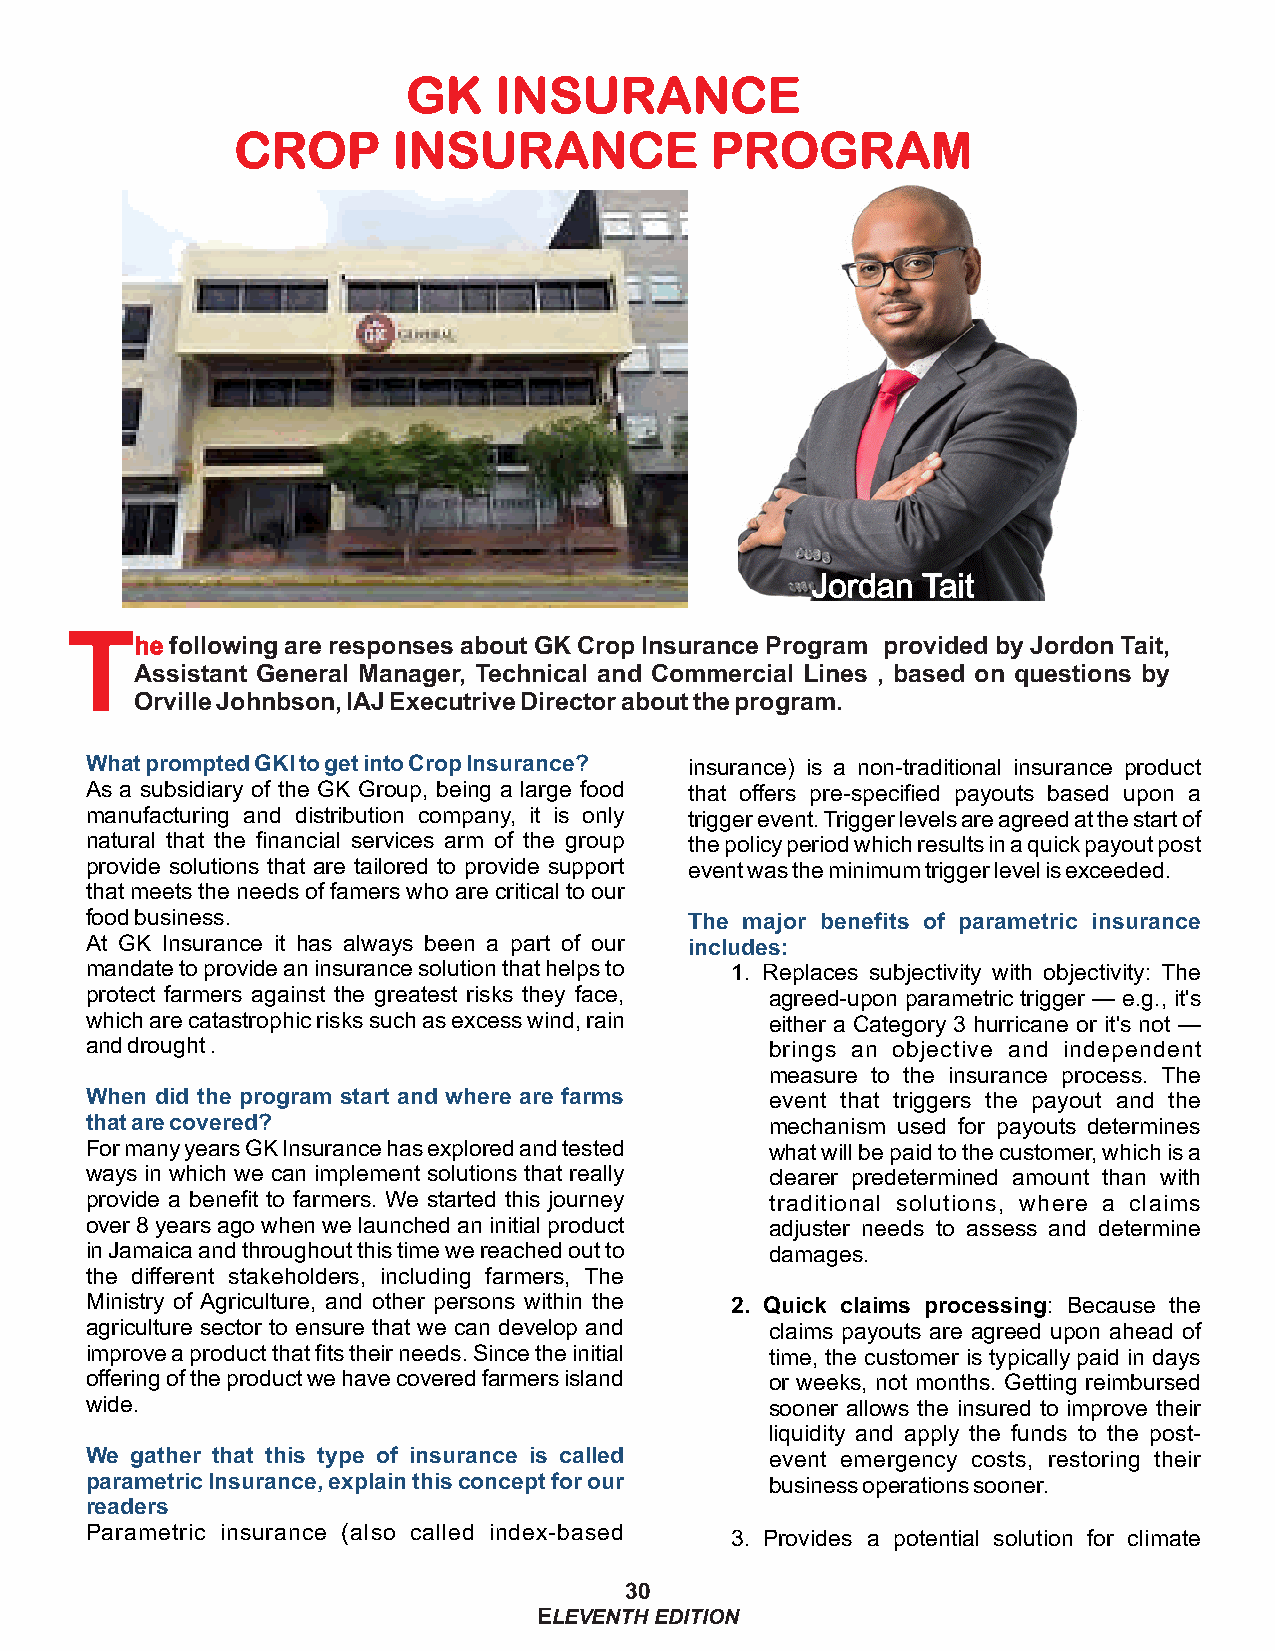
GK    INSURANCE
 CROP      INSURANCE            PROGRAM
 Jordan Tait
 T
 he following are responses about GK Crop Insurance Program provided by Jordon Tait,
 Assistant General Manager, Technical and Commercial Lines , based on questions by
 Orville Johnbson, IAJ Executrive Director about the program.
 What prompted GKI to get into Crop Insurance? insurance) is a non-traditional insurance product
 As a subsidiary of the GK Group, being a large food that offers pre-specified payouts based upon a
 manufacturing and distribution company, it is only trigger event. Trigger levels are agreed at the start of
 natural that the financial services arm of the group the policy period which results in a quick payout post
 provide solutions that are tailored to provide support event was the minimum trigger level is exceeded.
 that meets the needs of famers who are critical to our
 food business.                          The major benefits of parametric insurance
 At GK Insurance it has always been a part of our includes:
 mandate to provide an insurance solution that helps to 1. Replaces subjectivity with objectivity: The
 protect farmers against the greatest risks they face, agreed-upon parametric trigger — e.g., it's
 which are catastrophic risks such as excess wind, rain either a Category 3 hurricane or it's not —
 and drought .                                brings an objective and independent
 measure to the insurance process. The
 When did the program start and where are farms event that triggers the payout and the
 that are covered?                            mechanism used for payouts determines
 For many years GK Insurance has explored and tested what will be paid to the customer, which is a
 ways in which we can implement solutions that really clearer predetermined amount than with
 provide a benefit to farmers. We started this journey traditional solutions, where a claims
 over 8 years ago when we launched an initial product adjuster needs to assess and determine
 in Jamaica and throughout this time we reached out to damages.
 the different stakeholders, including farmers, The
 Ministry of Agriculture, and other persons within the 2. Quick claims processing: Because the
 agriculture sector to ensure that we can develop and claims payouts are agreed upon ahead of
 improve a product that fits their needs. Since the initial time, the customer is typically paid in days
 offering of the product we have covered farmers island or weeks, not months. Getting reimbursed
 wide.                                        sooner allows the insured to improve their
 liquidity and apply the funds to the post-
 We gather that this type of insurance is called event emergency costs, restoring their
 parametric Insurance, explain this concept for our business operations sooner.
 readers
 Parametric insurance (also called index-based
 3. Provides a potential solution for climate
 30
 ELEVENTH EDITION